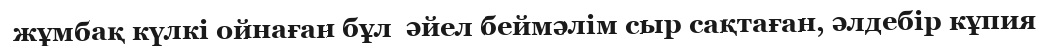
жұмбақ күлкі ойнаған бұл  әйел беймәлім сыр сақтаған, әлдебір кұпия